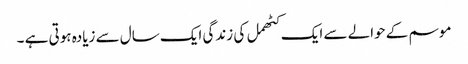
موسم کے حوالے سے ایک کٹھمل کی زندگی ایک سال سے زیادہ ہوتی ہے ۔